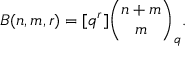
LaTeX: B ( n , m , r ) = [ q ^ { r } ] { \binom { n + m } { m } } _ { q } .